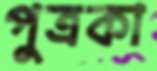
পুত্রকা